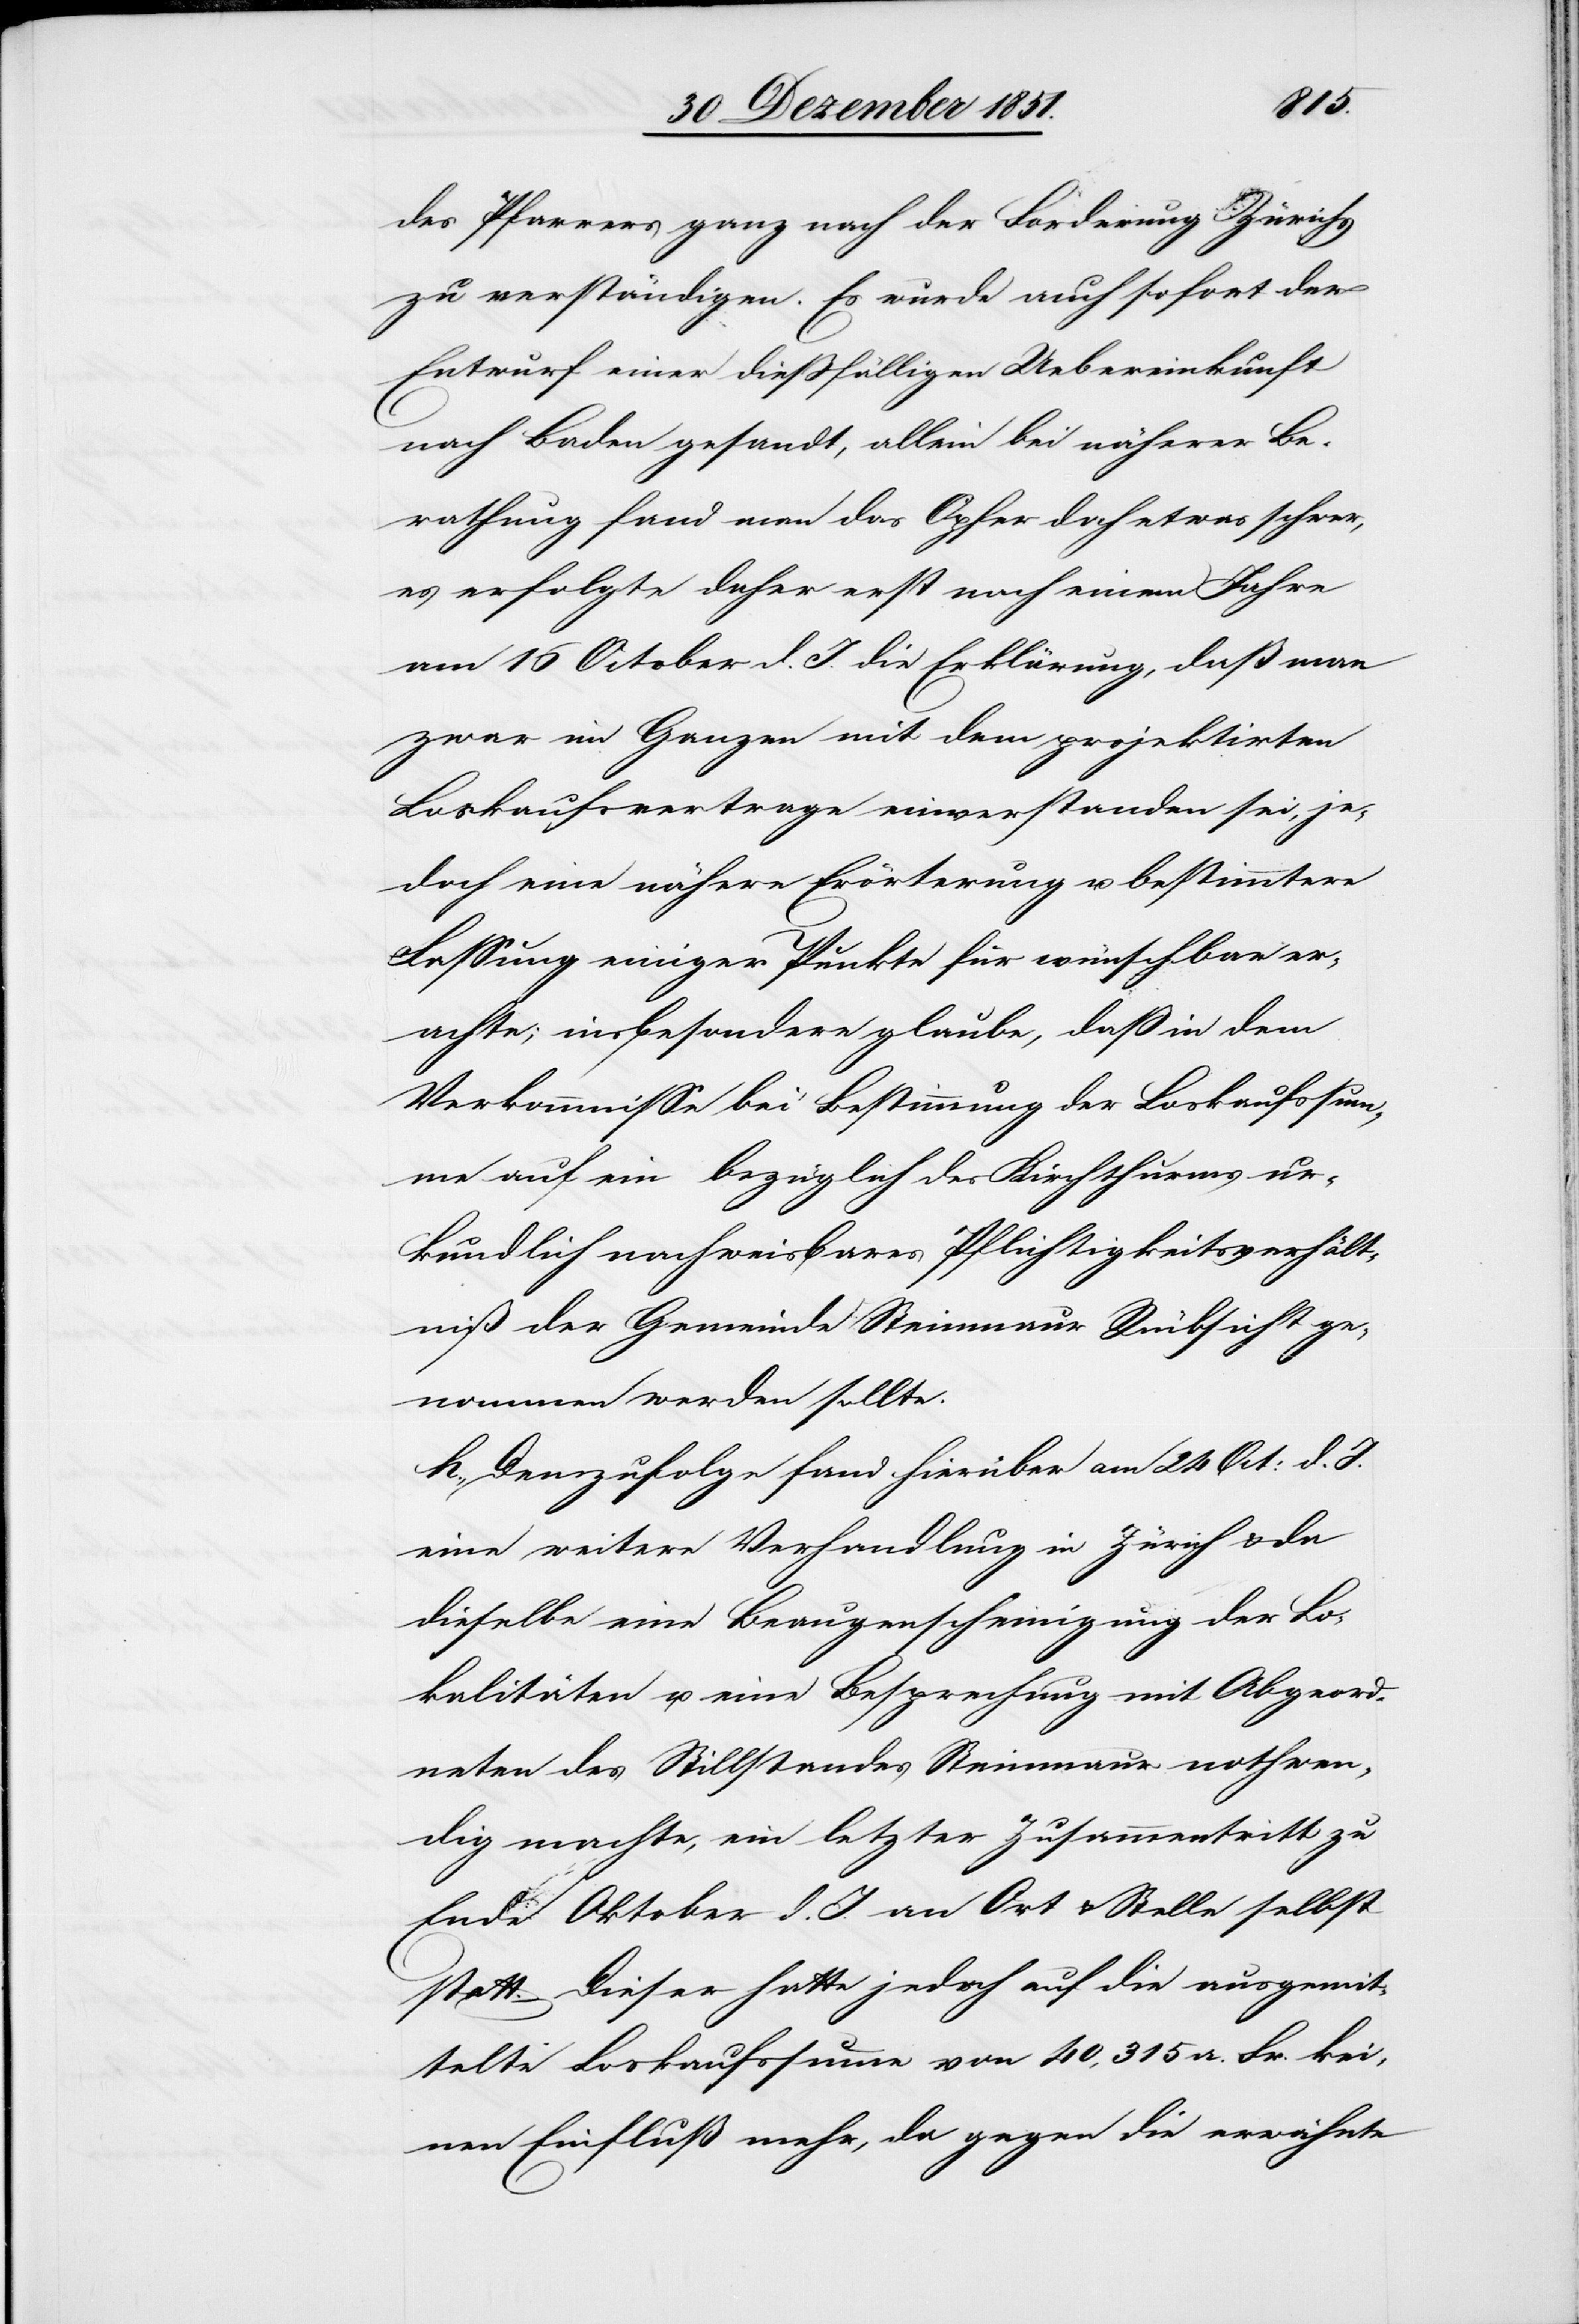
des Pfarrers ganz nach der Forderung Zürichs
zu verständigen. Es wurde auch sofort der
Entwurf einer dießfälligen Uebereinkunft
nach Baden gesandt, allein bei näherer Be¬
rathung fand man das Opfer doch etwas schwer,
es erfolgte daher erst nach einem Jahre
am 16 October d. J. die Erklärung, daß man
zwar im Ganzen mit dem projektirten
Loskaufsvertrage einverstanden sei, je¬
doch eine nähere Erörterung u. bestimmtere
Fassung einiger Punkte für wünschbar er¬
achte; insbesondere glaube, daß in dem
Verkommnisse bei Bestimmung der Loskaufssum¬
me auf ein bezüglich des Kirchthurms ur¬
kundlich nachweisbares Pflichtigkeitsverhält¬
niß der Gemeinde Steinmaur Rücksicht ge¬
nommen werden sollte.
h., Demzufolge fand hierüber am 24 Oct: d. J.
eine weitere Verhandlung in Zürich & da
dieselbe eine Beaugenscheinigung der Lo¬
kalitäten u. eine Besprechung mit Abgeord¬
neten des Stillstandes Steinmaur nothwen¬
dig machte, ein letzter Zusammentritt zu
Ende Oktober d. J. an Ort & Stelle selbst
statt. Dieser hatte jedoch auf die ausgemit¬
telte Loskaufssumme von 40,315 a. Fr. kei¬
nen Einfluß mehr, da gegen die erwähnte